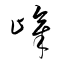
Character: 嶂